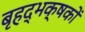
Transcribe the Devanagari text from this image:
बृहद्भक्षकों